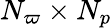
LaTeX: N_{\varpi}\times N_{p}